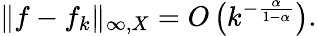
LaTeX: \| f-f_{k}\| _{\infty,X}=O\left(k^{-{\frac{\alpha}{1-\alpha}}}\right).